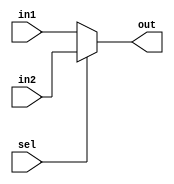
module mux2to1(in1, in2, sel, out);

    input [31:0] in1, in2;
    input sel;
    output [31:0] out;

    assign out = (sel == 0)? in1:in2;

endmodule

module mux3to1(in1, in2, in3, sel, out);

    input [31:0] in1, in2, in3;
    input [1:0] sel;
    output [31:0] out;
    
    assign out = (sel == 2'd0) ? in1 : (sel==2'd1) ? in2 : in3;
endmodule 

module dstregmux2to1(in1, in2, sel, out);

    input [4:0] in1, in2;
    input sel;
    output [4:0] out;

    assign out = (sel == 0)? in1:in2;

endmodule

module dstregmux3to1(in1, in2, in3, sel, out);

    input [4:0] in1, in2, in3;
    input [1:0] sel;
    output [4:0] out;
    
    assign out = (sel == 2'd0) ? in1 : (sel==2'd1) ? in2 : in3;

endmodule